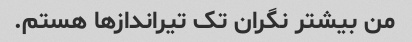
من بیشتر نگران تک تیراندازها هستم.